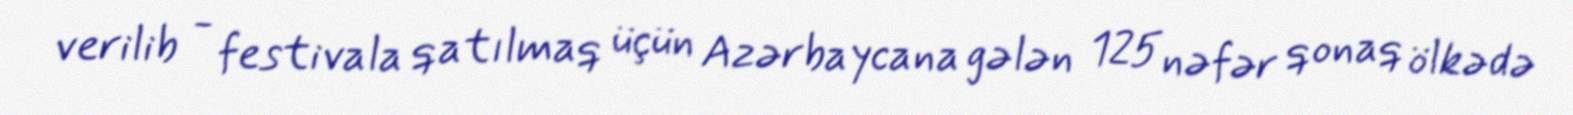
verilib - festivala qatılmaq üçün Azərbaycana gələn 125 nəfər qonaq ölkədə